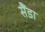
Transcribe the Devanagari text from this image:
सैंडा